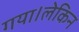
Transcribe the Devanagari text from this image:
गया।लेकिन